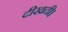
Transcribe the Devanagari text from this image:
दीखती।